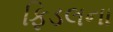
ફિડલના